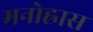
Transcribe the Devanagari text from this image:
मनोह्रास